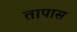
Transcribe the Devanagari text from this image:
तापास